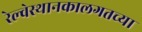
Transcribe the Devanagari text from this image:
रेल्वेस्थानकालगतच्या